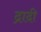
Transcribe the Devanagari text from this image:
द्रादी